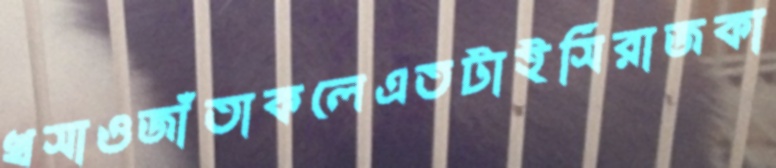
খসাওজাঁতাকলেএতটাইসিরাজকা